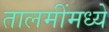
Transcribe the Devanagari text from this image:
तालमींमध्ये